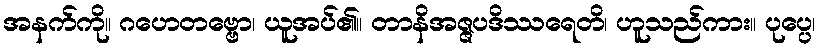
အနက်ကို။ ဂဟေတဗ္ဗော၊ ယူအပ်၏။ တာနိအဇ္ဇပဒိဿရေတိ၊ ဟူသည်ကား။ ပုပ္ပေ၊